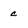
Character: c